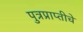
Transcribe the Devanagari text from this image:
पुत्रप्राप्‍तीचे